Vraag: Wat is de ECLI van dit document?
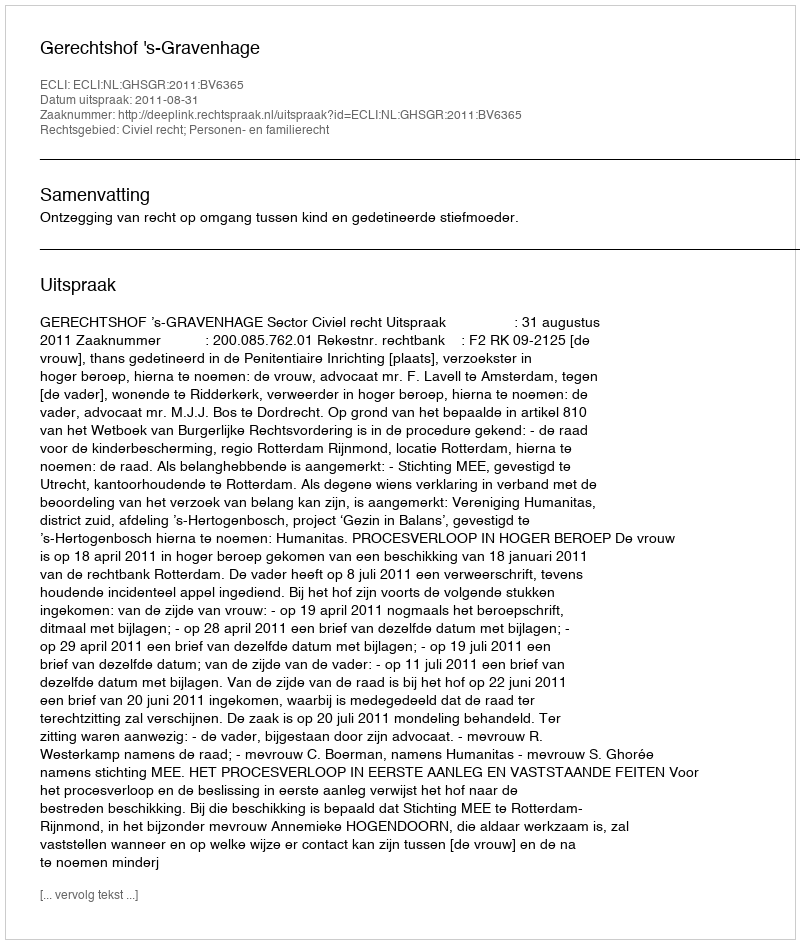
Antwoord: ECLI:NL:GHSGR:2011:BV6365